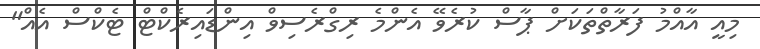
މިއީ އާއްމު ފަރާތްތަކަށް ޕާސް ކުރެވޭ އެންމެ ރިގްރެސިވް އިންޑައިރެކްޓް ޓެކްސް އެއް"